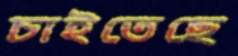
চাইতেছে